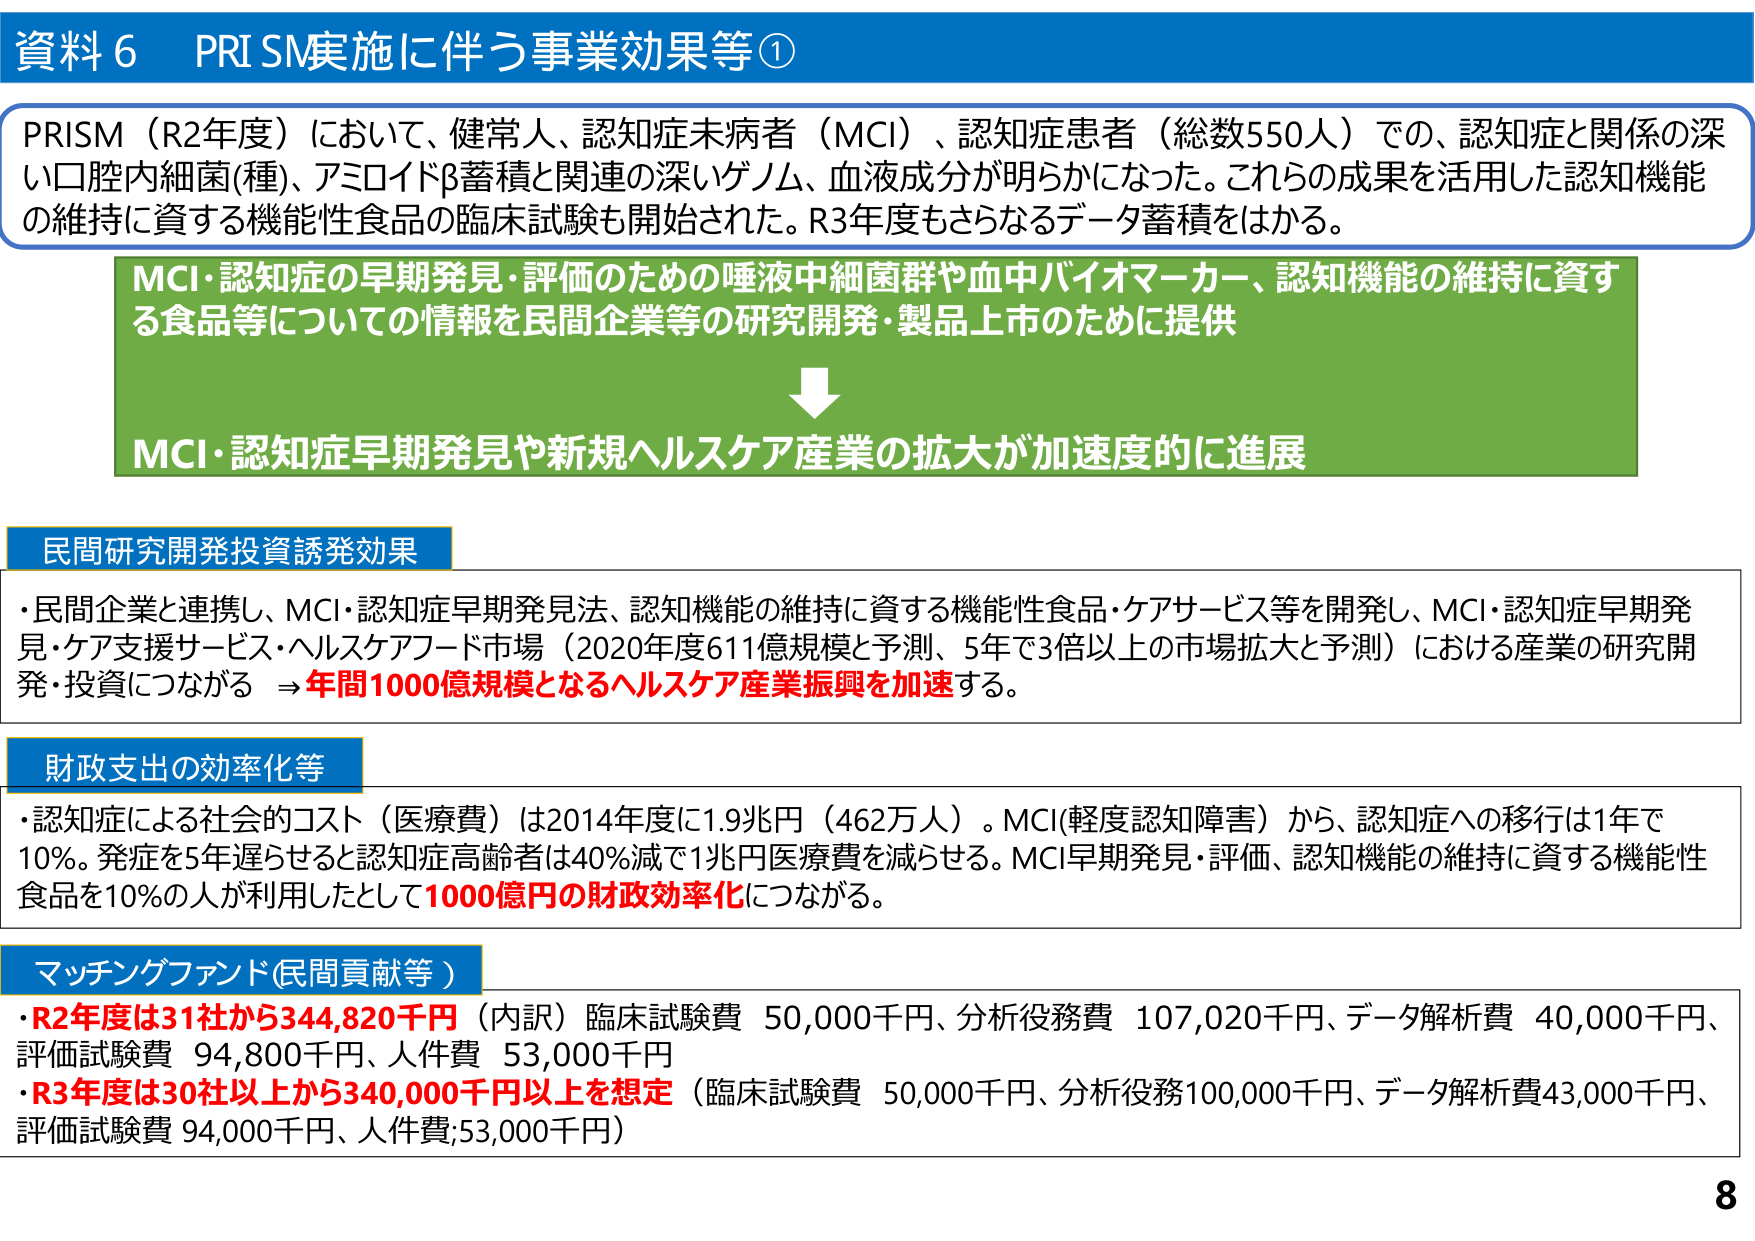
資料６ PRISM実施に伴う事業効果等①

PRISM（R2年度）において、健常人、認知症未病者（MCI）、認知症患者（総数550人）での、認知症と関係の深い口腔内細菌(種)、アミロイドβ蓄積と関連の深いゲノム、血液成分が明らかになった。これらの成果を活用した認知機能の維持に資する機能性食品の臨床試験も開始された。R3年度もさらなるデータ蓄積をはかる。

MCI・認知症の早期発見・評価のための唾液中細菌群や血中バイオマーカー、認知機能の維持に資する食品等についての情報を民間企業等の研究開発・製品上市のために提供

↓

MCI・認知症早期発見や新規ヘルスケア産業の拡大が加速度的に進展

民間研究開発投資誘発効果
・民間企業と連携し、MCI・認知症早期発見法、認知機能の維持に資する機能性食品・ケアサービス等を開発し、MCI・認知症早期発見・ケア支援サービス・ヘルスケアフード市場（2020年度611億規模と予測、5年で3倍以上の市場拡大と予測）における産業の研究開発・投資につながる ⇒ 年間1000億規模となるヘルスケア産業振興を加速する。

財政支出の効率化等
・認知症による社会的コスト（医療費）は2014年度に1.9兆円（462万人）。MCI(軽度認知障害)から、認知症への移行は1年で10％。発症を5年遅らせると認知症高齢者は40％減で1兆円医療費を減らせる。MCI早期発見・評価、認知機能の維持に資する機能性食品を10％の人が利用したとして1000億円の財政効率化につながる。

マッチングファンド(民間貢献等)
・R2年度は31社から344,820千円（内訳）臨床試験費 50,000千円、分析役務費 107,020千円、データ解析費 40,000千円、評価試験費 94,800千円、人件費 53,000千円
・R3年度は30社以上から340,000千円以上を想定（臨床試験費 50,000千円、分析役務100,000千円、データ解析費43,000千円、評価試験費 94,000千円、人件費;53,000千円）

8